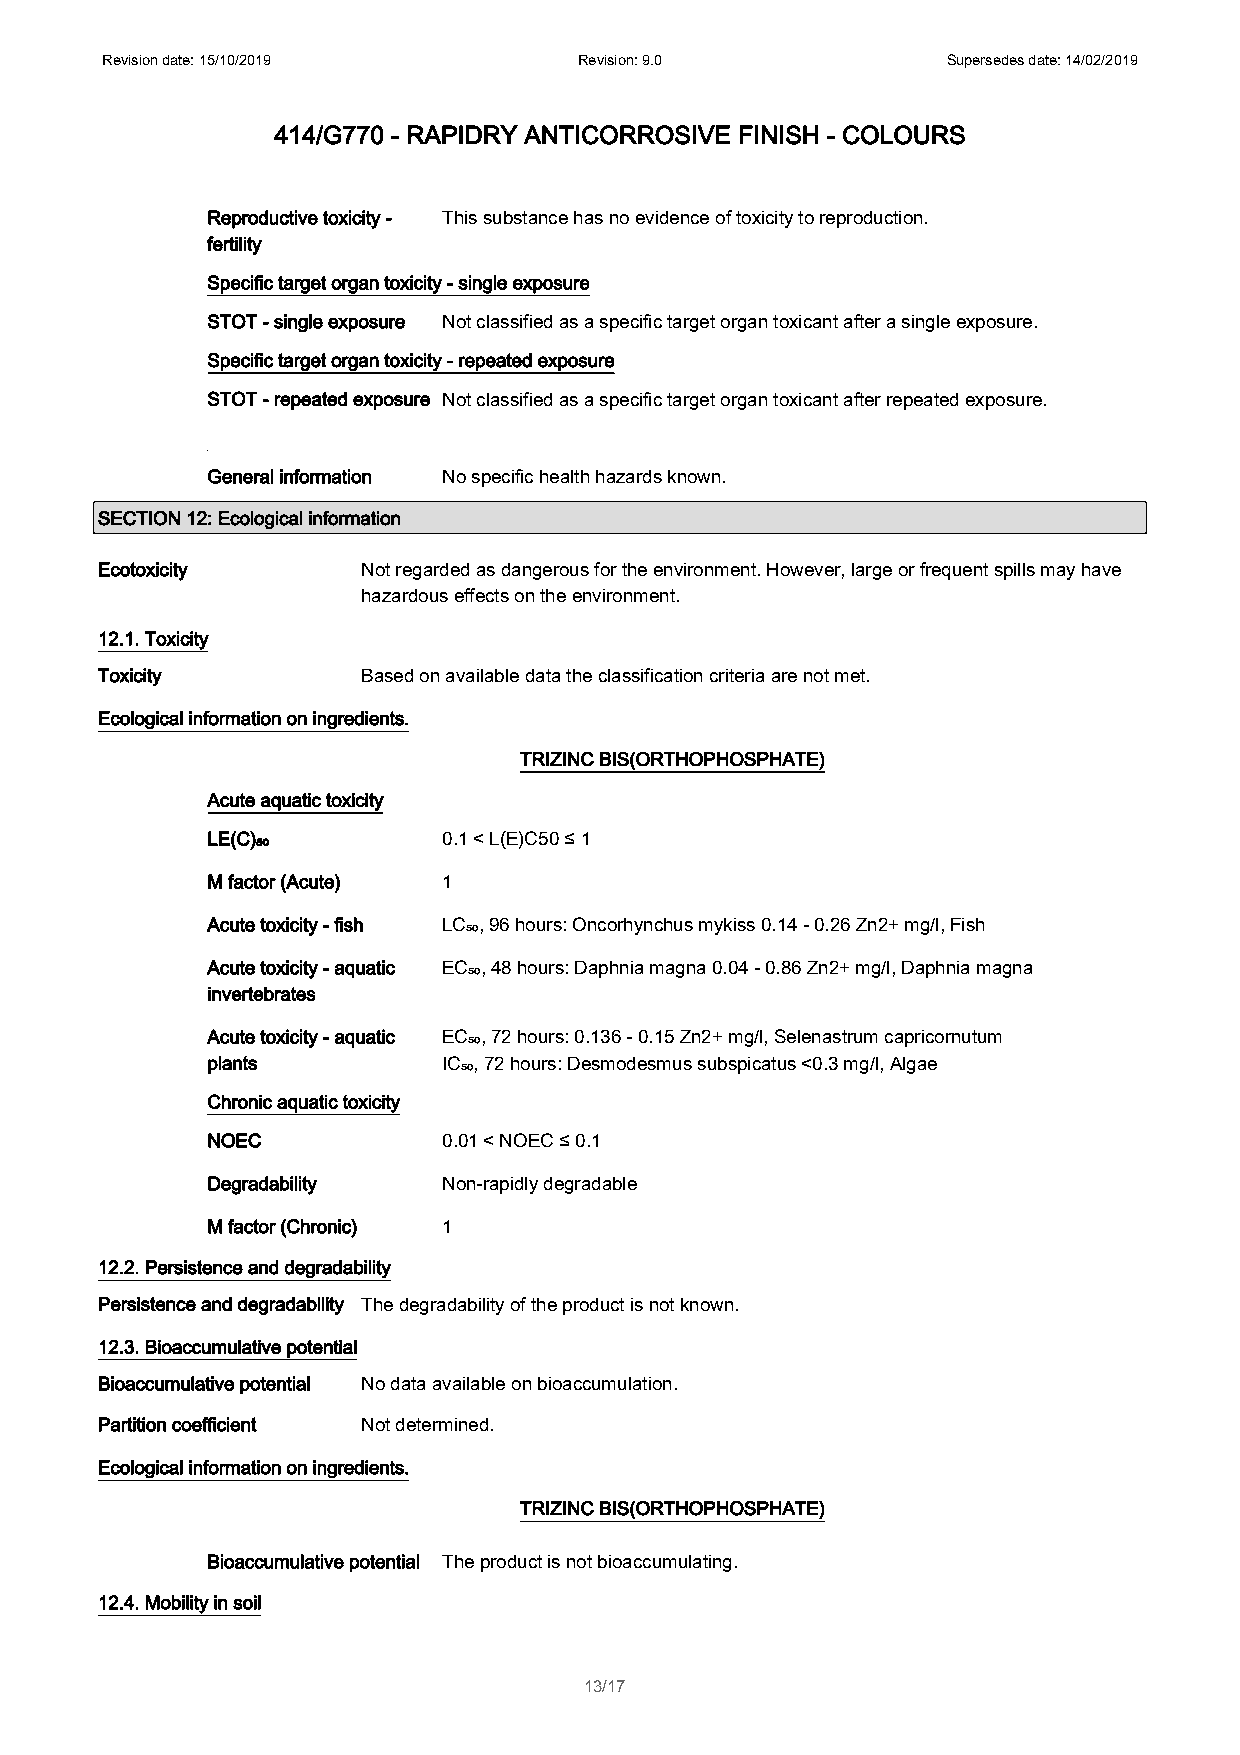
Revision date: 15/10/2019      Revision: 9.0            Supersedes date: 14/02/2019
 414/G770 - RAPIDRY ANTICORROSIVE FINISH - COLOURS
 Reproductive toxicity - This substance has no evidence of toxicity to reproduction.
 fertility
 Specific target organ toxicity - single exposure
 STOT - single exposure Not classified as a specific target organ toxicant after a single exposure.
 Specific target organ toxicity - repeated exposure
 STOT - repeated exposure Not classified as a specific target organ toxicant after repeated exposure.
 General information No specific health hazards known.
 SECTION 12: Ecological information
 Ecotoxicity       Not regarded as dangerous for the environment. However, large or frequent spills may have
 hazardous effects on the environment.
 12.1. Toxicity
 Toxicity          Based on available data the classification criteria are not met.
 Ecological information on ingredients.
 TRIZINC BIS(ORTHOPHOSPHATE)
 Acute aquatic toxicity
 LE(C)₅₀        0.1 < L(E)C50 ≤ 1
 M factor (Acute) 1
 Acute toxicity - fish LC₅₀, 96 hours: Oncorhynchus mykiss 0.14 - 0.26 Zn2+ mg/l, Fish
 Acute toxicity - aquatic EC₅₀, 48 hours: Daphnia magna 0.04 - 0.86 Zn2+ mg/l, Daphnia magna
 invertebrates
 Acute toxicity - aquatic EC₅₀, 72 hours: 0.136 - 0.15 Zn2+ mg/l, Selenastrum capricornutum
 plants         IC₅₀, 72 hours: Desmodesmus subspicatus <0.3 mg/l, Algae
 Chronic aquatic toxicity
 NOEC           0.01 < NOEC ≤ 0.1
 Degradability  Non-rapidly degradable
 M factor (Chronic) 1
 12.2. Persistence and degradability
 Persistence and degradability The degradability of the product is not known.
 12.3. Bioaccumulative potential
 Bioaccumulative potential No data available on bioaccumulation.
 Partition coefficient Not determined.
 Ecological information on ingredients.
 TRIZINC BIS(ORTHOPHOSPHATE)
 Bioaccumulative potential The product is not bioaccumulating.
 12.4. Mobility in soil
 13/17